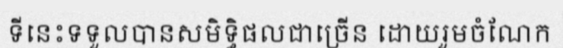
ទីនេះទទួលបានសមិទ្ធិផលជាច្រើន ដោយរួមចំណែក